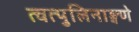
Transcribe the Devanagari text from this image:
त्वत्पुलिनाङ्गणे